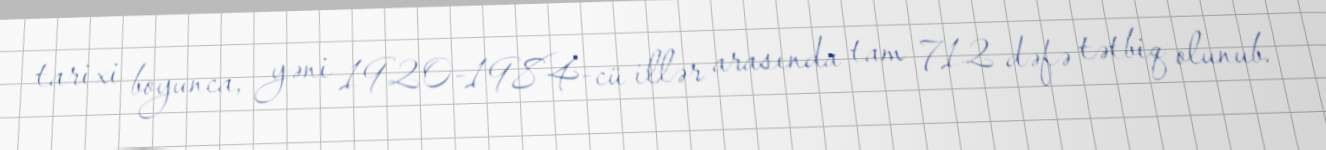
tarixi boyunca, yəni 1920-1984-cü illər arasında tam 712 dəfə tətbiq olunub.